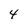
Character: 4